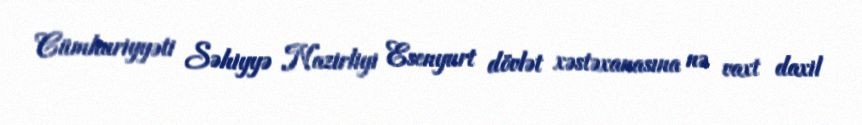
Cümhuriyyəti Səhiyyə Nazirliyi Esenyurt dövlət xəstəxanasına nə vaxt daxil